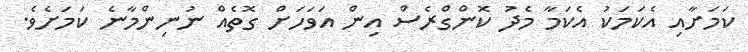
ކަމަށާއި އެކަމަކު އެކަމާ މެދު ކޮންގްރެސް އިން އަވަހަށް ގޮތެއް ނުނިންމާނެ ކަމަށެވެ.